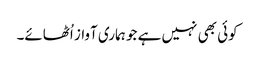
کوئی بھی نہیں ہے جو ہماری آواز اُٹھائے۔